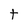
Character: t